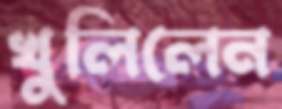
খুলিলেন